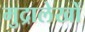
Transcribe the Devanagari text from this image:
मुद्रालेखों